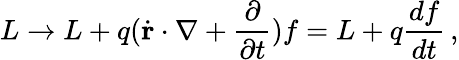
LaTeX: L\rightarrow L+q({\dot{\mathbf{r}}}\cdot\nabla+{\frac{\partial}{\partial t}})f=L+q{\frac{df}{dt}}\, ,